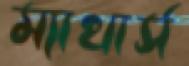
ম্যাথার্স